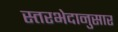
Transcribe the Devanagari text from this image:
स्तरभेदानुसार